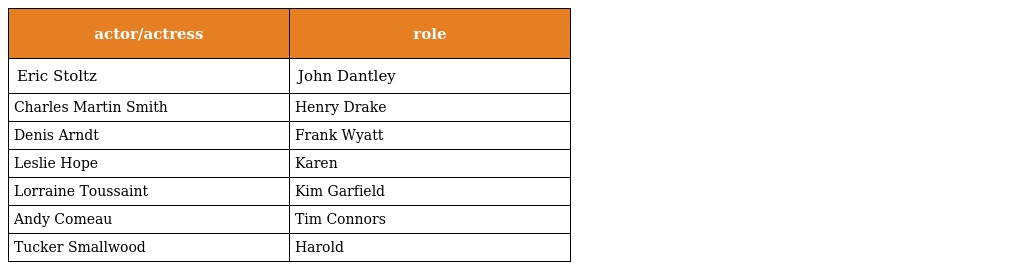
| actor/actress | role |
 | --- | --- |
 | Eric Stoltz | John Dantley |
 | Charles Martin Smith | Henry Drake |
 | Denis Arndt | Frank Wyatt |
 | Leslie Hope | Karen |
 | Lorraine Toussaint | Kim Garfield |
 | Andy Comeau | Tim Connors |
 | Tucker Smallwood | Harold |